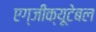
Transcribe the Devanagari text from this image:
एग्जीक्यूटेबल